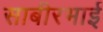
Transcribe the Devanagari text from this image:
साबीरभाई